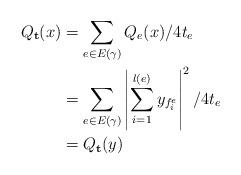
LaTeX: \begin{align*} Q_{\mathbf{t}}(x) &= \sum_{e \in E(\gamma)} Q_e(x)/4t_e\\ &= \sum_{e \in E(\gamma)}\left| \sum_{i = 1}^{l(e)}y_{f^e_i}\right|^2/4t_e\\ &= Q_{\mathbf{t}}(y) \end{align*}